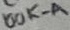
Text: 100K-A